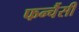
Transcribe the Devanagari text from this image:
फर्न्चैसी